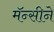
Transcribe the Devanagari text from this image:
मॅन्सीने